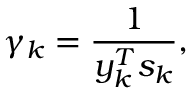
\gamma _ { k } = { \frac { 1 } { y _ { k } ^ { T } s _ { k } } } ,